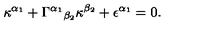
\kappa ^ { \alpha _ { 1 } } + \Gamma ^ { \alpha _ { 1 } } { } _ { \beta _ { 2 } } \kappa ^ { \beta _ { 2 } } + \epsilon ^ { \alpha _ { 1 } } = 0 .